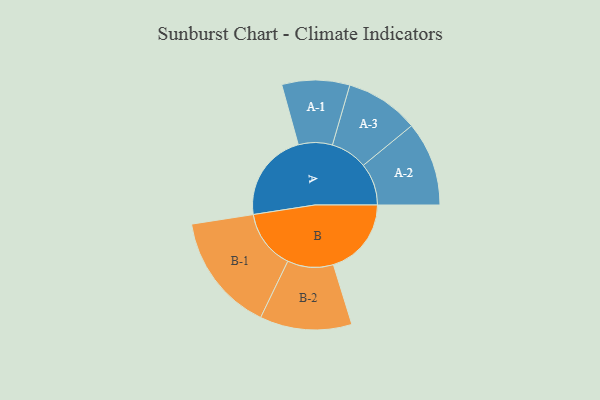
{"axis": {"x": "Segment", "y": "Value"}, "legend": ["", "A", "B"], "data": [{"x": "A", "y": 421, "type": ""}, {"x": "B", "y": 368, "type": ""}, {"x": "A-1", "y": 160, "type": "A"}, {"x": "A-2", "y": 199, "type": "A"}, {"x": "A-3", "y": 174, "type": "A"}, {"x": "B-1", "y": 280, "type": "B"}, {"x": "B-2", "y": 217, "type": "B"}]}